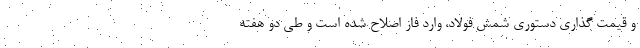
و قیمت گذاری دستوری شمش فولاد، وارد فاز اصلاح شده است و طی دو هفته